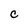
Character: C